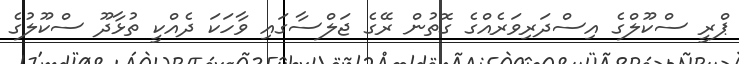
ޕްރީ ސްކޫލްގެ އިސްދަރިވަރެއްގެ ގޮތުން ރޭގެ ޖަލްސާގައި ވާހަކަ ދެއްކީ ތުޅާދޫ ސްކޫލުގެ